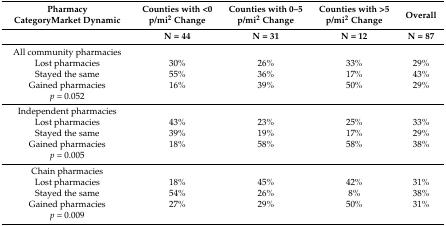
| Pharmacy Category Market Dynamic | Counties with <0 p/mi2 Change | Counties with 0–5 p/mi2 Change | Counties with >5 p/mi2 Change | Overall |
 |  | N = 44 | N = 31 | N = 12 | N = 87 |
 | --- | --- | --- | --- | --- |
 | All community pharmacies |  |  |  |  |
 | Lost pharmacies | 30% | 26% | 33% | 29% |
 | Stayed the same | 55% | 36% | 17% | 43% |
 | Gained pharmacies | 16% | 39% | 50% | 29% |
 | p = 0.052 |  |  |  |  |
 | Independent pharmacies |  |  |  |  |
 | Lost pharmacies | 43% | 23% | 25% | 33% |
 | Stayed the same | 39% | 19% | 17% | 29% |
 | Gained pharmacies | 18% | 58% | 58% | 38% |
 | p = 0.005 |  |  |  |  |
 | Chain pharmacies |  |  |  |  |
 | Lost pharmacies | 18% | 45% | 42% | 31% |
 | Stayed the same | 54% | 26% | 8% | 38% |
 | Gained pharmacies | 27% | 29% | 50% | 31% |
 | p = 0.009 |  |  |  |  |